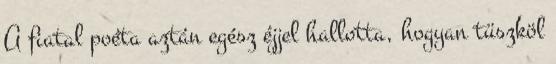
A fiatal poéta aztán egész éjjel hallotta, hogyan tüszköl